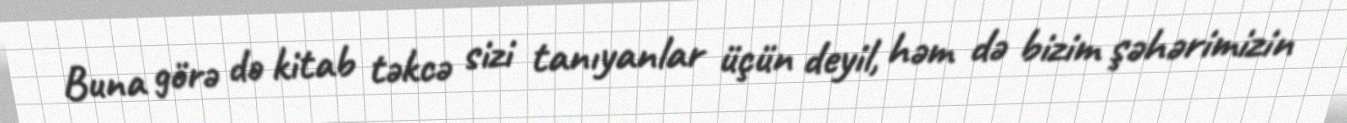
Buna görə də kitab təkcə sizi tanıyanlar üçün deyil, həm də bizim şəhərimizin